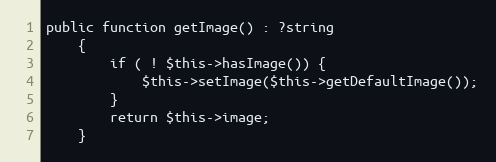
Language: PHP
public function getImage() : ?string
    {
        if ( ! $this->hasImage()) {
            $this->setImage($this->getDefaultImage());
        }
        return $this->image;
    }